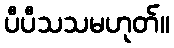
ပီပီသသမဟုတ်။